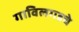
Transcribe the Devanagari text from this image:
गाविलगडचे